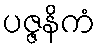
ပဇ္ဇနိကံ